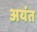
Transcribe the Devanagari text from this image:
अयंत